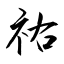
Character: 祐